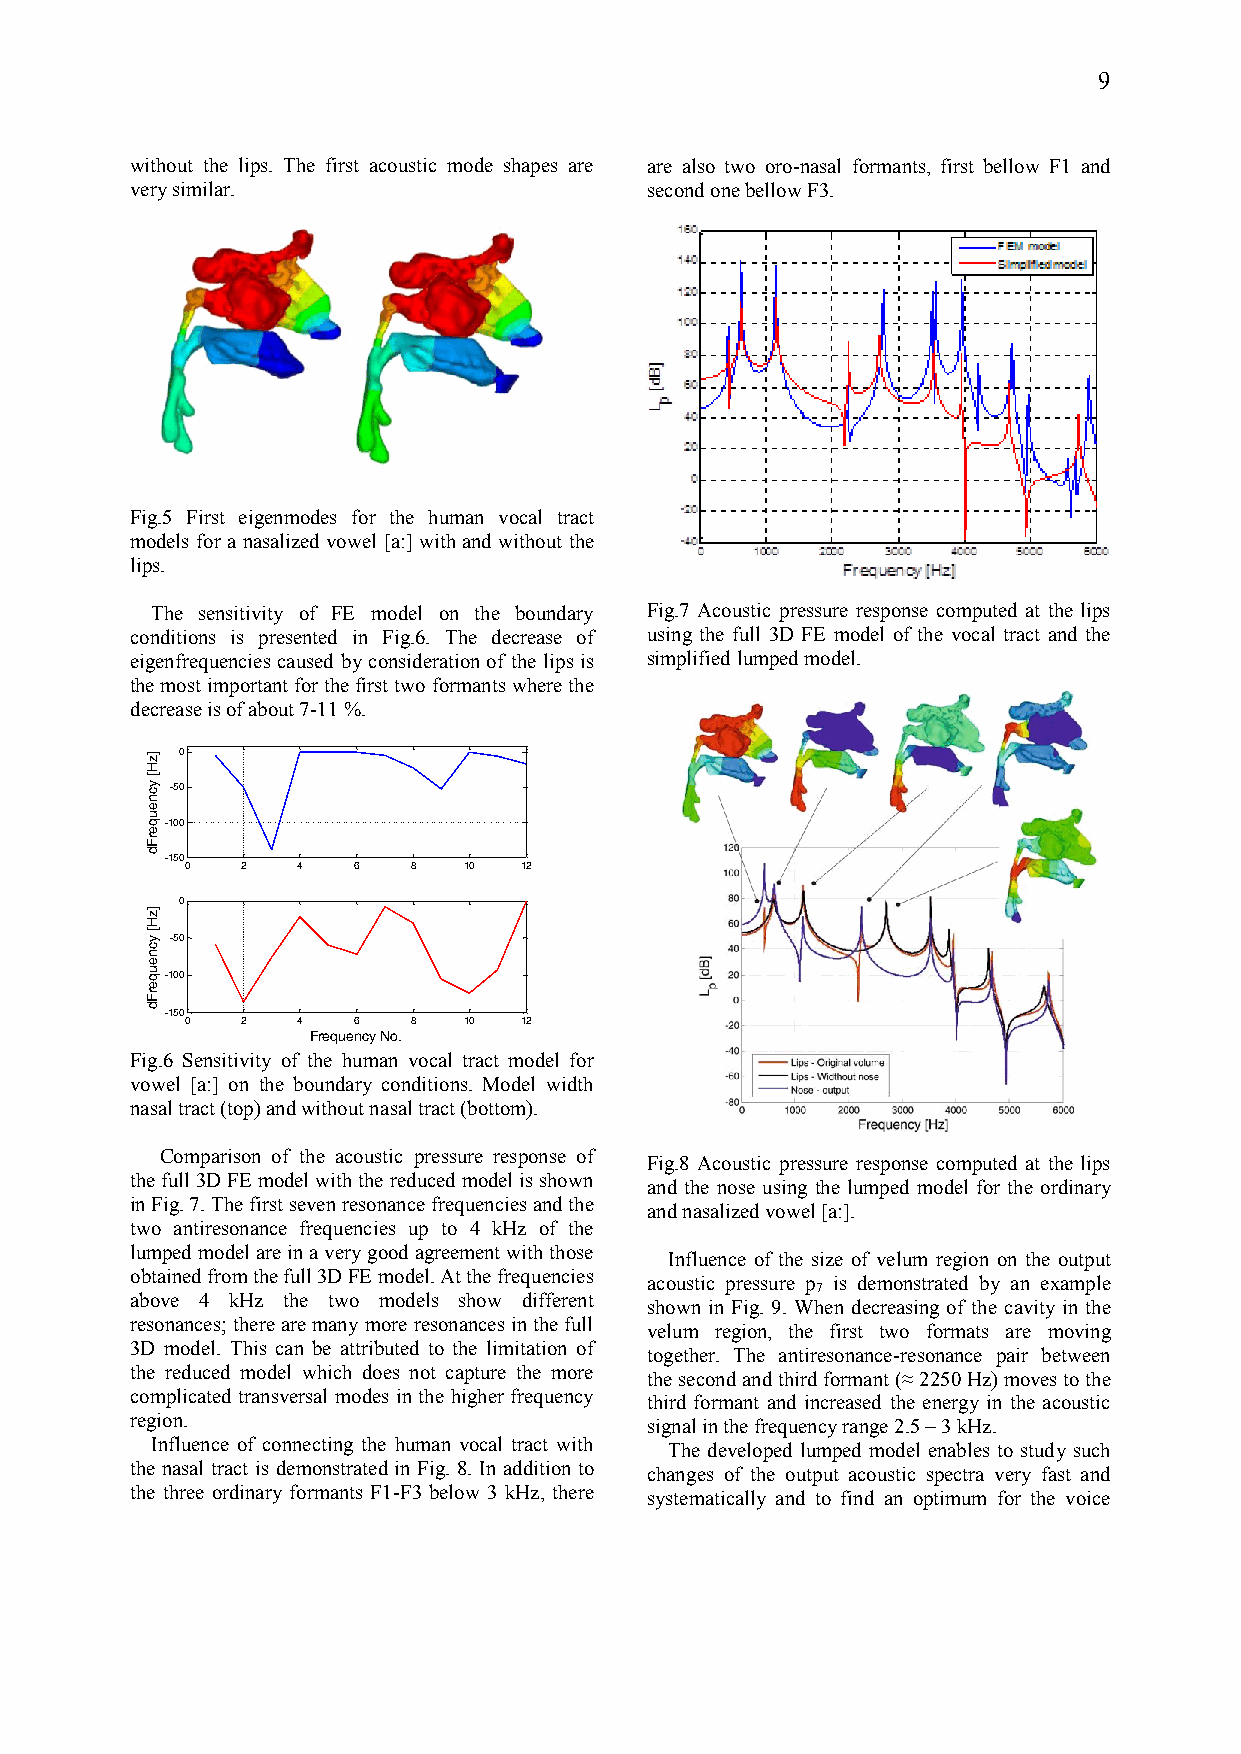
9
 without the lips. The first acoustic mode shapes are are also two oro-nasal formants, first bellow F1 and
 very similar.                     second one bellow F3.
 Fig.5 First eigenmodes for the human vocal tract
 models for a nasalized vowel [a:] with and without the
 lips.
 The sensitivity of FE model on the boundary Fig.7 Acoustic pressure response computed at the lips
 conditions is presented in Fig.6. The decrease of using the full 3D FE model of the vocal tract and the
 eigenfrequencies caused by consideration of the lips is simplified lumped model.
 the most important for the first two formants where the
 decrease is of about 7-11 %.
 0
 -50
 -100
 -150
 0   2   4  6   8   10 12
 0
 -50
 -100
 -150
 0   2   4  6   8   10 12
 Frequency No.
 Fig.6 Sensitivity of the human vocal tract model for
 vowel [a:] on the boundary conditions. Model width
 nasal tract (top) and without nasal tract (bottom).
 Comparison of the acoustic pressure response of
 Fig.8 Acoustic pressure response computed at the lips
 the full 3D FE model with the reduced model is shown
 and the nose using the lumped model for the ordinary
 in Fig. 7. The first seven resonance frequencies and the
 and nasalized vowel [a:].
 two antiresonance frequencies up to 4 kHz of the
 lumped model are in a very good agreement with those Influence of the size of velum region on the output
 obtained from the full 3D FE model. At the frequencies
 acoustic pressure p is demonstrated by an example
 7
 above 4 kHz the two models show different
 shown in Fig. 9. When decreasing of the cavity in the
 resonances; there are many more resonances in the full
 velum region, the first two formats are moving
 3D model. This can be attributed to the limitation of
 together. The antiresonance-resonance pair between
 the reduced model which does not capture the more
 the second and third formant (≈ 2250 Hz) moves to the
 complicated transversal modes in the higher frequency third formant and increased the energy in the acoustic
 region.
 signal in the frequency range 2.5 – 3 kHz.
 Influence of connecting the human vocal tract with
 The developed lumped model enables to study such
 the nasal tract is demonstrated in Fig. 8. In addition to
 changes of the output acoustic spectra very fast and
 the three ordinary formants F1-F3 below 3 kHz, there systematically and to find an optimum for the voice
 ]zH[
 ycneuqerFd
 ]zH[
 ycneuqerFd